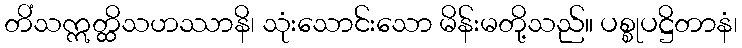
တိံသဣတ္ထိသဟဿာနိ၊ သုံးသောင်းသော မိန်းမတို့သည်။ ပစ္စုပဋ္ဌိတာနံ၊